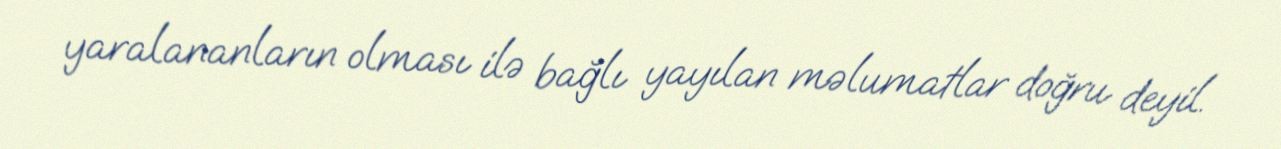
yaralananların olması ilə bağlı yayılan məlumatlar doğru deyil.